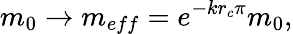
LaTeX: m_{0}\to m_{eff}=e^{-kr_{c}\pi}m_{0},